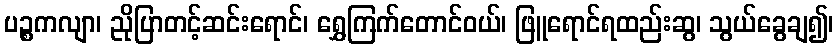
ပဉ္စကလျာ၊ ညိုပြာတင့်ဆင်းရောင်၊ ရွှေကြက်တောင်ဝယ်၊ ဖြူရောင်ရထည်းဆွ၊ သွယ်ခွေချ၍၊